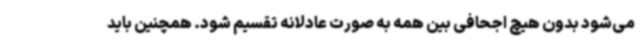
می‌شود بدون هیچ اجحافی بین همه به صورت عادلانه تقسیم شود. همچنین باید